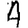
Digit: 4